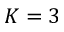
K = 3